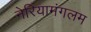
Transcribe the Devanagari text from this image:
नेरियामंगलम